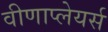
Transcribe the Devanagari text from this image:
वीणाप्लेयर्स